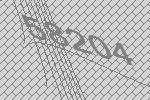
58204